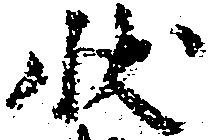
状